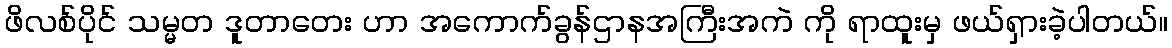
ဖိလစ်ပိုင် သမ္မတ ဒူတာတေး ဟာ အကောက်ခွန်ဌာနအကြီးအကဲ ကို ရာထူးမှ ဖယ်ရှားခဲ့ပါတယ်။